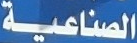
الصناعية